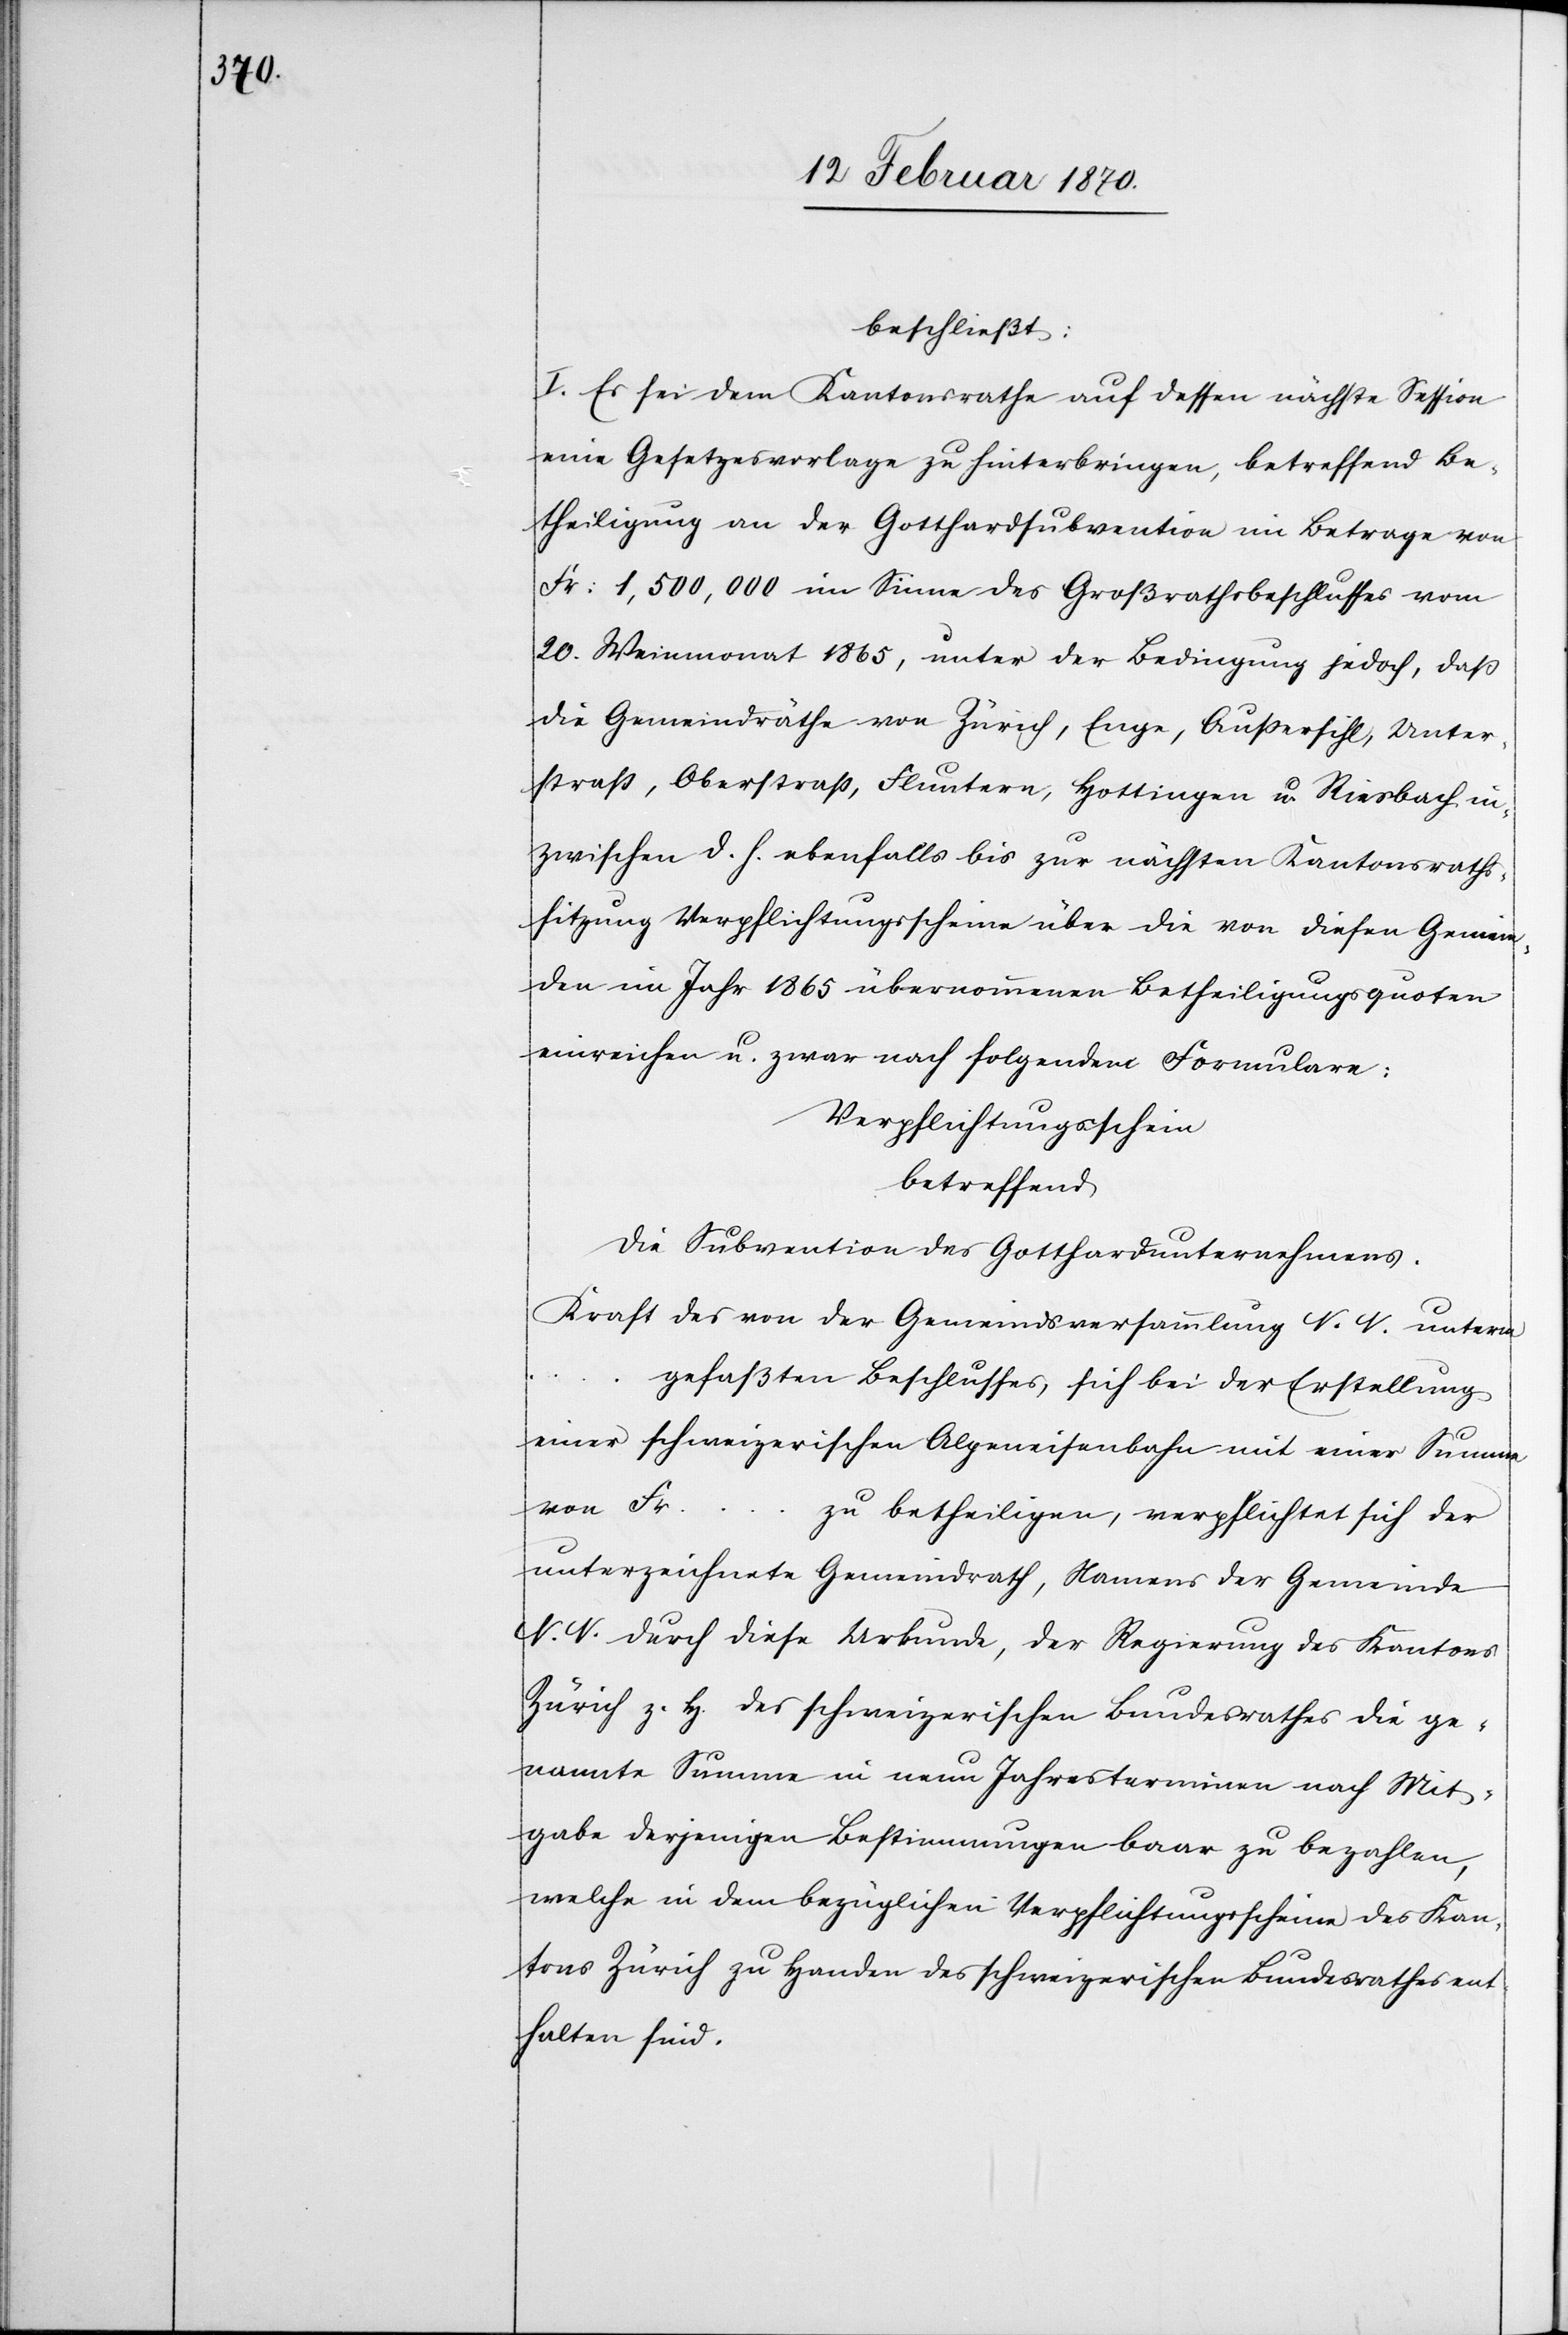
beschließt:
I. Es sei dem Kantonsrathe auf dessen nächste Session
eine Gesetzesvorlage zu hinterbringen, betreffend Be¬
theiligung an der Gotthardsubvention im Betrage von
Fr: 1,500,000 im Sinne des Großrathsbeschlusses vom
20. Weinmonat 1865, unter der Bedingung jedoch, daß
die Gemindräthe von Zürich, Enge, Aussersihl, Unter¬
straß, Oberstraß, Fluntern, Hottingen u. Riesbach in¬
zwischen d. h. ebenfalls bis zur nächsten Kantonsraths¬
sitzung Verpflichtungsscheine über die von diesen Gemein¬
den im Jahr 1865 übernommenen Betheiligungsquoten
einreichen u. zwar nach folgendem Formulare:
Verpflichtungsschein
betreffend
die Subvention des Gotthardunternehmens.
Kraft des von der Gemeindsversammlung N. N. unterm
gefaßten Beschlusses, sich bei der Erstellung
einer schweizerischen Alpeneisenbahn mit einer Summe
von Fr.
zu betheiligen, verpflichtet sich der
unterzeichnete Gemeindrath, Namens der Gemeinde
N. N. durch diese Urkunde, der Regierung des Kantons
Zürich z. H. des schweizerischen Bundesrathes die ge¬
nannte Summe in neun Jahresterminen nach Mit¬
gabe derjenigen Bestimmungen baar zu bezahlen,
welche in dem bezüglichen Verpflichtungsscheine des Kan¬
tons Zürich zu Handen des schweizerischen Bundesrathes ent¬
halten sind.